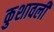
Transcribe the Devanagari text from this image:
कुशावली